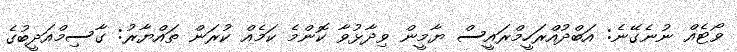
ވޯޓެއް ނުނެގޭނެ: އަބްދުއްރަހީމްރައީސް ޔާމީން ވިދާޅުވާ ކޮންމެ ކަމެއް ކުރަން ތައްޔާރު: ގާސިމްއަދީބުގެ